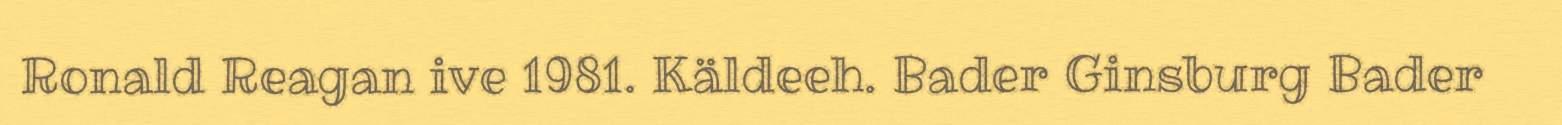
Ronald Reagan ive 1981. Käldeeh. Bader Ginsburg Bader